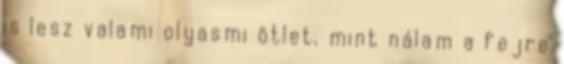
is lesz valami olyasmi ötlet, mint nálam a fejre